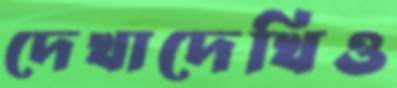
দেখাদেখিও